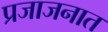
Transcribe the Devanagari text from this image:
प्रजाजनात